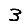
Digit: 3